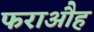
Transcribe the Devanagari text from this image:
फराऔह